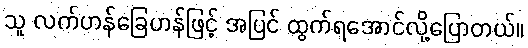
သူ လက်ဟန်ခြေဟန်ဖြင့် အပြင် ထွက်ရအောင်လို့ပြောတယ်။